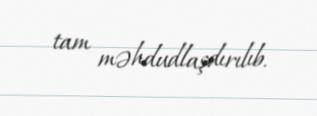
tam məhdudlaşdırılıb.